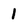
Character: 1